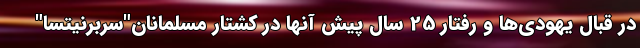
در قبال یهودی‌ها و رفتار 25 سال پیش آنها در کشتار مسلمانان"سربرنیتسا"